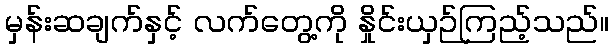
မှန်းဆချက်နှင့် လက်တွေ့ကို နှိုင်းယှဉ်ကြည့်သည်။